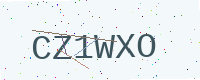
Text: CZ1WXO